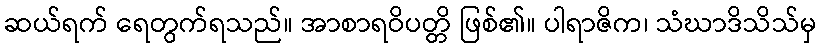
ဆယ်ရက် ရေတွက်ရသည်။ အာစာရဝိပတ္တိ ဖြစ်၏။ ပါရာဇိက၊ သံဃာဒိသိသ်မှ